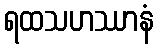
ရထသဟဿာနံ